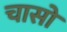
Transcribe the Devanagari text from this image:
चासो